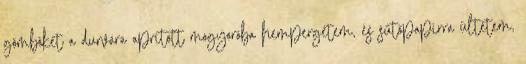
gömböket a durvára aprított mogyoróba hempergetem, és sütőpapírra ültetem,